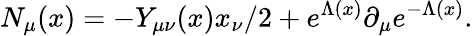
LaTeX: N_{\mu}(x)=-Y_{\mu\nu}(x)x_{\nu}/2+e^{\Lambda(x)}\partial_{\mu}e^{-\Lambda(x)}.